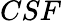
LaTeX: CSF